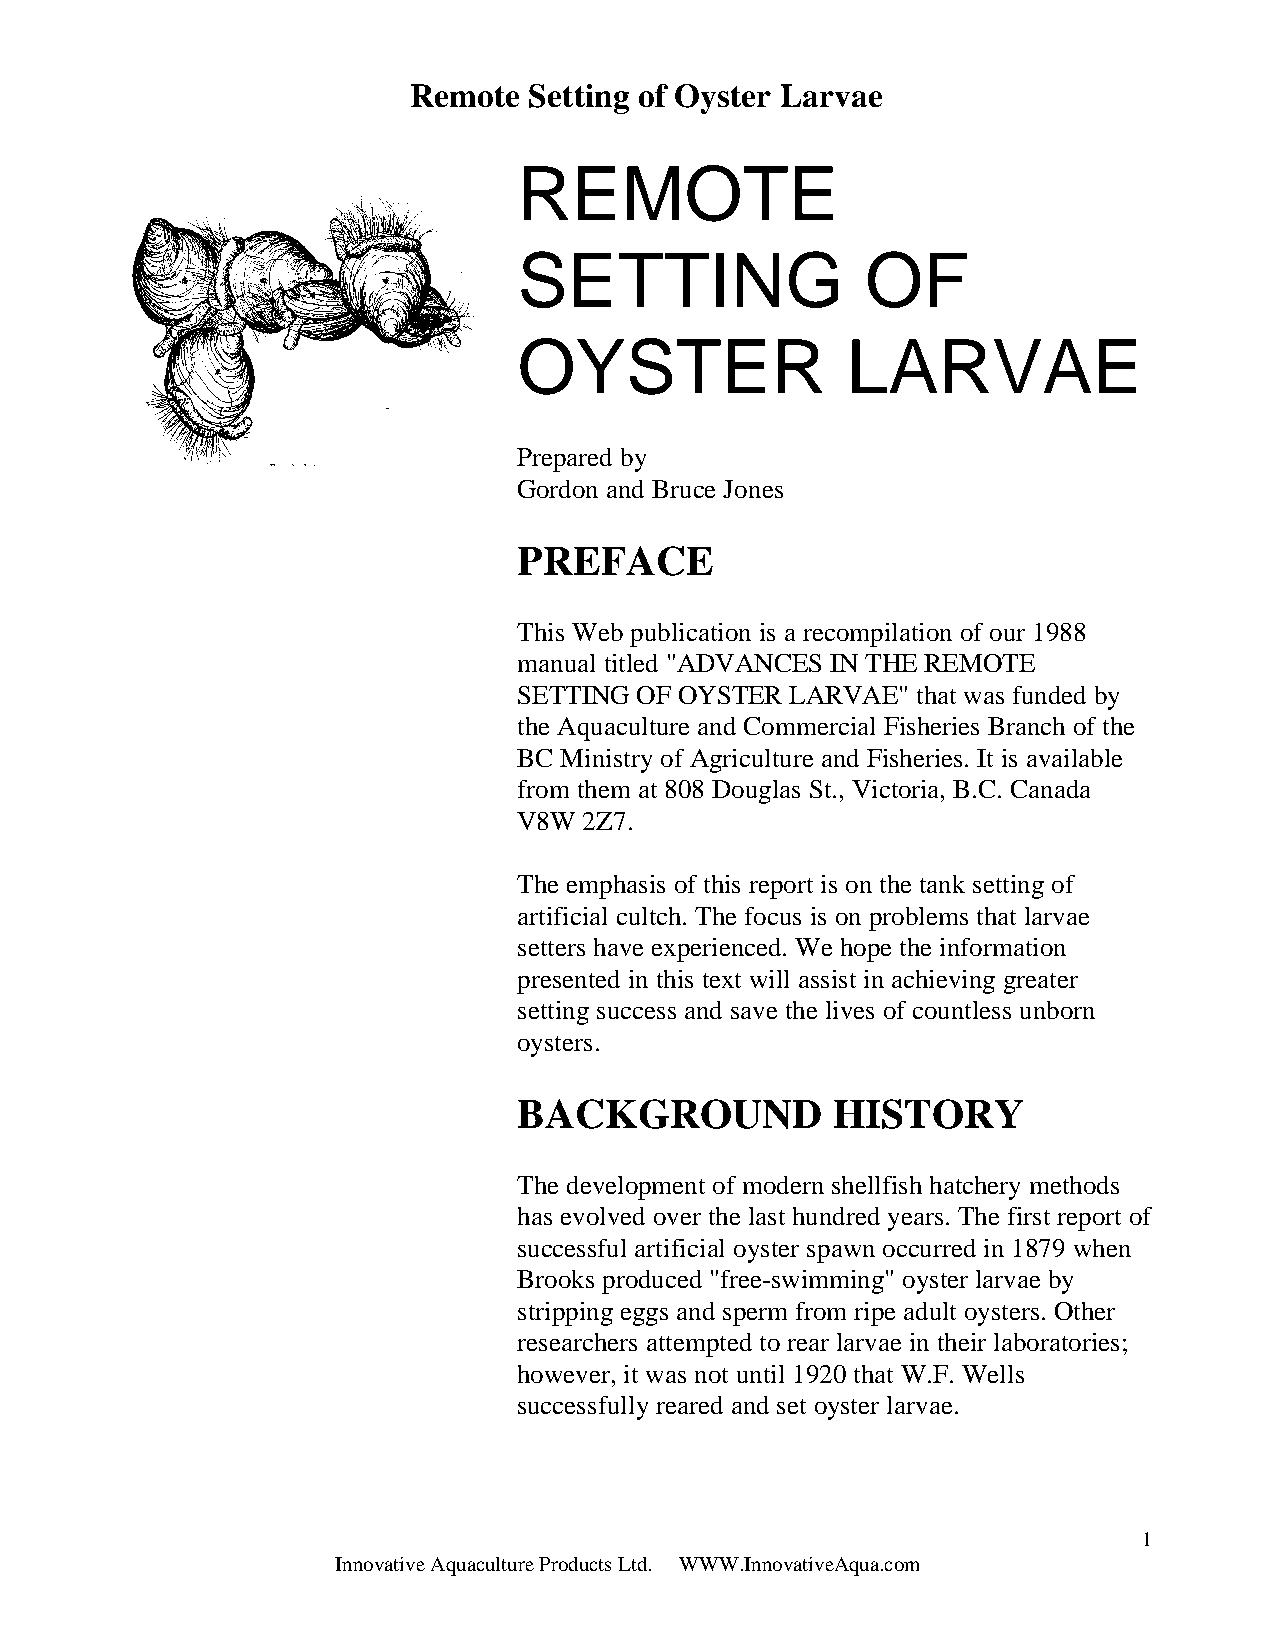
Remote  Setting of Oyster Larvae
 REMOTE
 SETTING                OF
 OYSTER                LARVAE
 Prepared by
 Gordon and Bruce Jones
 PREFACE
 This Web publication is a recompilation of our 1988
 manual titled "ADVANCES IN THE REMOTE
 SETTING OF OYSTER LARVAE"  that was funded by
 the Aquaculture and Commercial Fisheries Branch of the
 BC Ministry of Agriculture and Fisheries. It is available
 from them at 808 Douglas St., Victoria, B.C. Canada
 V8W  2Z7.
 The emphasis of this report is on the tank setting of
 artificial cultch. The focus is on problems that larvae
 setters have experienced. We hope the information
 presented in this text will assist in achieving greater
 setting success and save the lives of countless unborn
 oysters.
 BACKGROUND           HISTORY
 The development of modern shellfish hatchery methods
 has evolved over the last hundred years. The first report of
 successful artificial oyster spawn occurred in 1879 when
 Brooks produced "free-swimming" oyster larvae by
 stripping eggs and sperm from ripe adult oysters. Other
 researchers attempted to rear larvae in their laboratories;
 however, it was not until 1920 that W.F. Wells
 successfully reared and set oyster larvae.
 1
 Innovative Aquaculture Products Ltd. WWW.InnovativeAqua.com